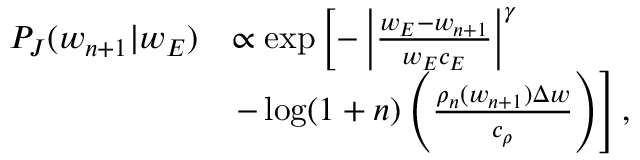
\begin{array} { r } { \begin{array} { r l } { P _ { J } ( w _ { n + 1 } \vert w _ { E } ) } & { \propto \exp \left[ - \left\vert \frac { w _ { E } - w _ { n + 1 } } { w _ { E } c _ { E } } \right\vert ^ { \gamma } \right. } \\ & { \left. - \log ( 1 + n ) \left( \frac { \rho _ { n } ( w _ { n + 1 } ) \Delta w } { c _ { \rho } } \right) \right] , } \end{array} } \end{array}